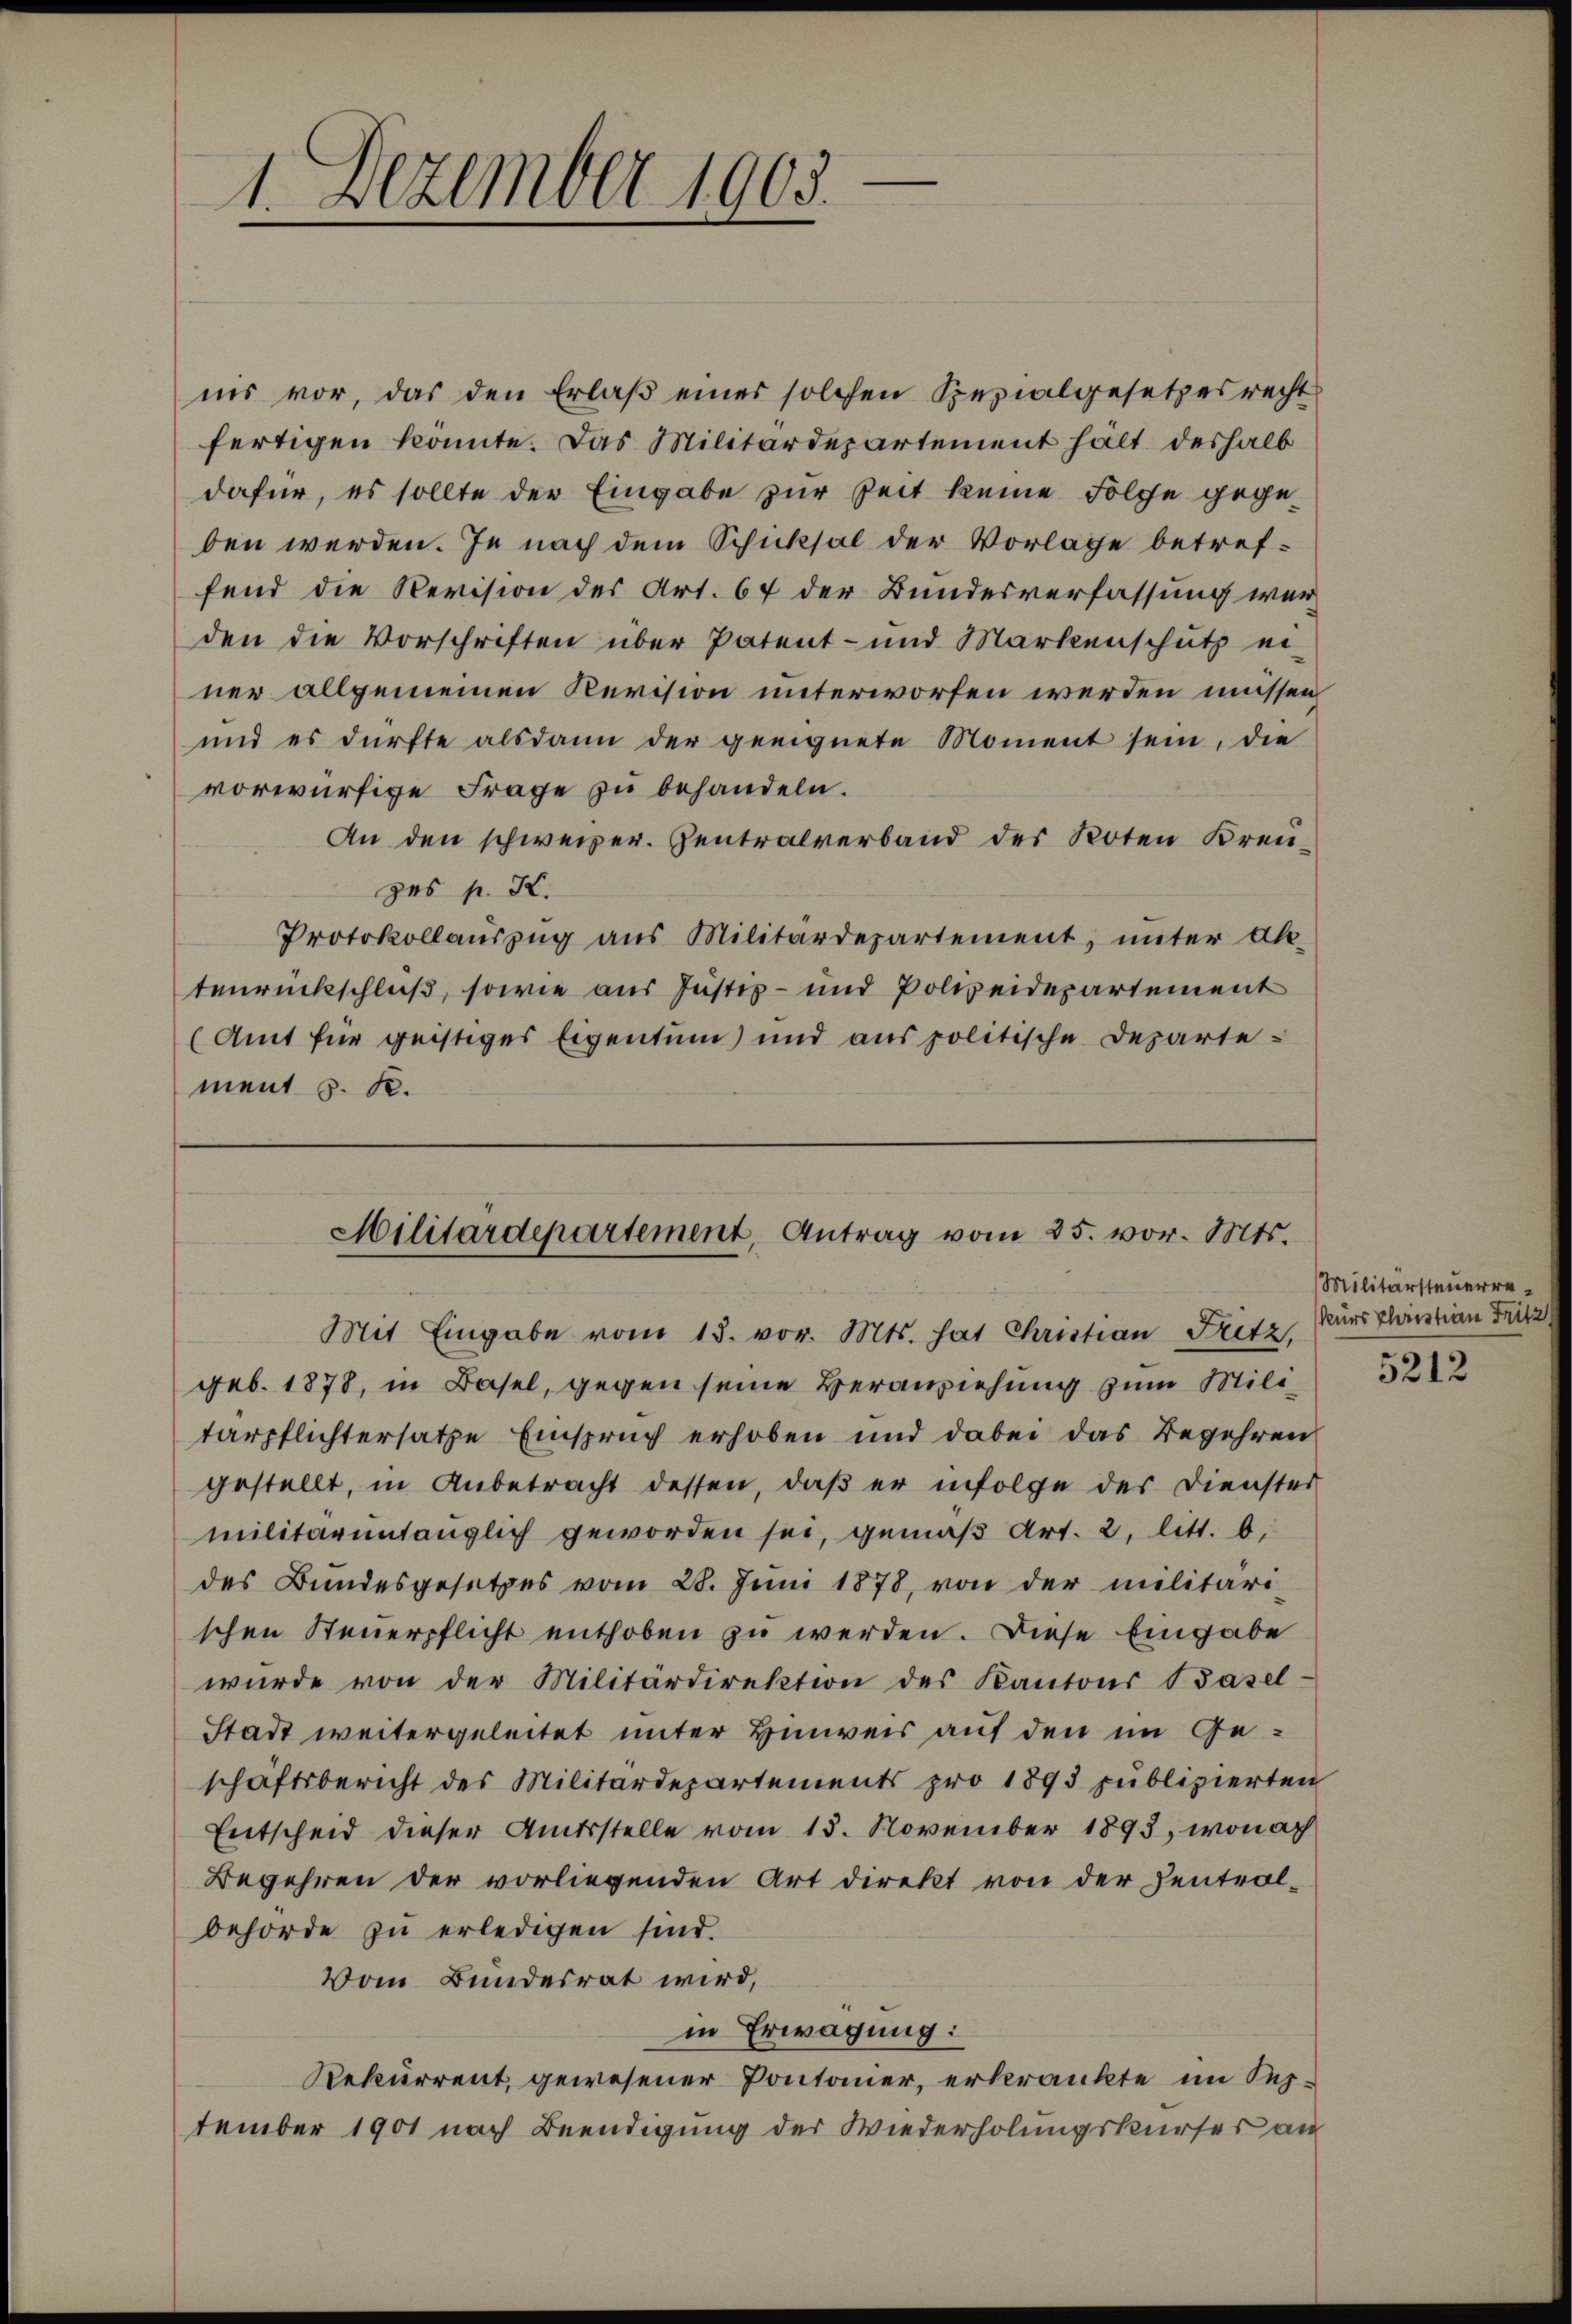
1. Dezember 1903.

nis vor, das den Erlaß eines solchen Spezialgesetzesrecht
fertigen könnte. Das Militärdepartement hält deshalb
dafür, es sollte der Eingabe zur Zeit keine Folge gegeden werden. Je nach dem Schicksal der Vorlage betreffend die Revision des Art. 67 der Bundesverfassung werden die Vorschriften über Patent- und Markenschütz ei
ner allgemeinen Revision unterworfen werden müssen
und es dürfte alsdann der geeignete Moment sein, die
vorwürfige Frage zu behandeln.
An den schweizer. Zentralverband des Roten Kreu-
zes p. K.
Protokollaŭszŭg aŭs Militärdepartement, unter All-
tenrückschluß, sowie aus Justiz- und Polizeidepartement
(Amt für geistiges Eigentum) und aus politische Departement z. K.

Militärdepartement, Antrag vom 25. vor. Mts.
Mit Eingabe vom 13. vor. Mts. hat Christian Fritz, Burschristian Fritz

geb. 1878, in Basel, gegen seine Veranziehung zum Militärpflichtersatze Einspruch erhoben und dabei das Begehren
gestellt, in Anbetracht dessen, daß er infolge des Dienster
militärintauglich geworden sei, gemäß Art. 2, litt. b,
des Bundesgesetzes vom 28. Juni 1878, von der militäri
schen Steuerpflicht enthoben zu werden. Diese Eingabe
würde von der Militärdirektion des Kantons Basel-
Stadt weitergeleitet unter Hinweis auf den im Geschäftsbericht des Militärdepartements pro 1893 publizierten
Entscheid dieser Amtsstelle vom 13. November 1893, wonach
Begehren der vorliegenden Art direkt von der Zentrolbehörde zu erledigen sind.
Vom Bundesrat wird,
in Erwägung:
Rekurrent, gewesener Pontonier, erkränkte im September 1901 nach Beendigung der Wiederholungskurser an

Militärsteuerre¬

5212